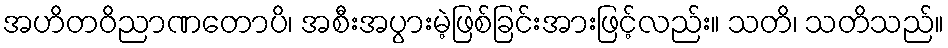
အဟိတဝိညာဏတောပိ၊ အစီးအပွားမဲ့ဖြစ်ခြင်းအားဖြင့်လည်း။ သတိ၊ သတိသည်။